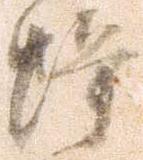
蜂